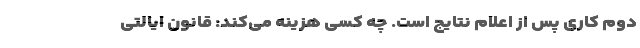
دوم کاری پس از اعلام نتایج است. چه کسی هزینه می‌کند: قانون ایالتی